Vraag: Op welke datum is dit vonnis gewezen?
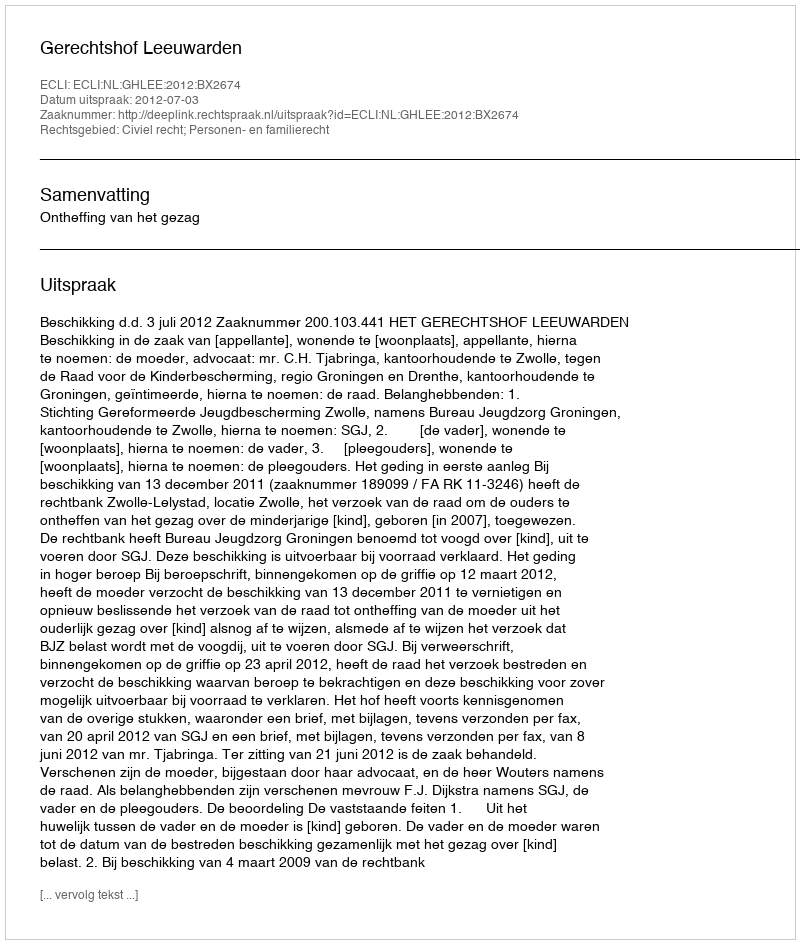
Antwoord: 2012-07-03